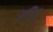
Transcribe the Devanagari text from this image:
रचितः